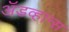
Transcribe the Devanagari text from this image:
अॅडव्हान्स